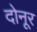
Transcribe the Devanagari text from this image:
दोनूर